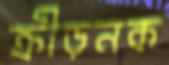
ক্রীড়নক